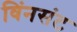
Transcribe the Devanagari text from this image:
विंनसंट